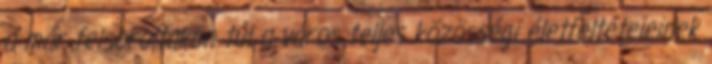
a már felsoroltakon túl a város teljes közösségi életfeltételeinek